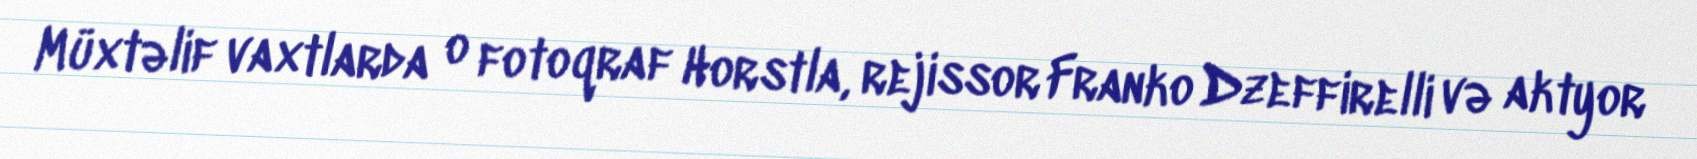
Müxtəlif vaxtlarda o fotoqraf Horstla, rejissor Franko Dzeffirelli və aktyor